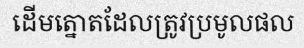
ដើមត្នោតដែលត្រូវប្រមូលផល